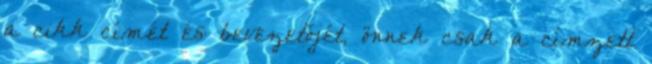
a cikk címét és bevezetőjét, önnek csak a címzett